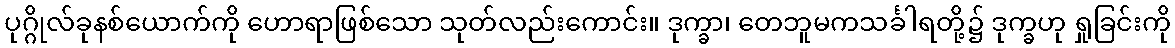
ပုဂ္ဂိုလ်ခုနစ်ယောက်ကို ဟောရာဖြစ်သော သုတ်လည်းကောင်း။ ဒုက္ခာ၊ တေဘူမကသင်္ခါရတို့၌ ဒုက္ခဟု ရှုခြင်းကို